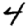
Digit: 4